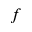
f